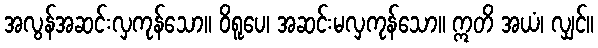
အလွန်အဆင်းလှကုန်သော။ ဝိရူပေ၊ အဆင်းမလှကုန်သော။ ဣတိ အယံ၊ လျှင်။